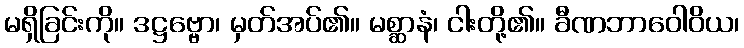
မရှိခြင်းကို။ ဒဋ္ဌဗ္ဗော၊ မှတ်အပ်၏။ မစ္ဆာနံ၊ ငါးတို့၏။ ခီဏဘာဝေါဝိယ၊